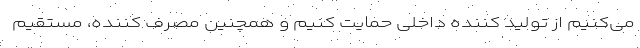
می‌کنیم از تولید کننده داخلی حمایت کنیم و همچنین مصرف کننده، مستقیم